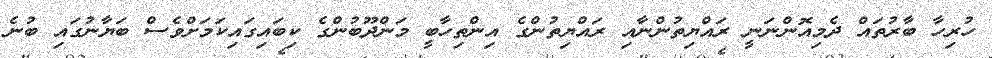
ހުރިހާ ބާރުތައް ދެމިއޮންނަނީ ރައްޔިތުންނާއި ރައްޔިތުންގެ އިންތިހާބީ މަންދޫބުންގެ ކިބައިގައިކަމަށްވެސް ބަޔާނުގައި ބުނެ